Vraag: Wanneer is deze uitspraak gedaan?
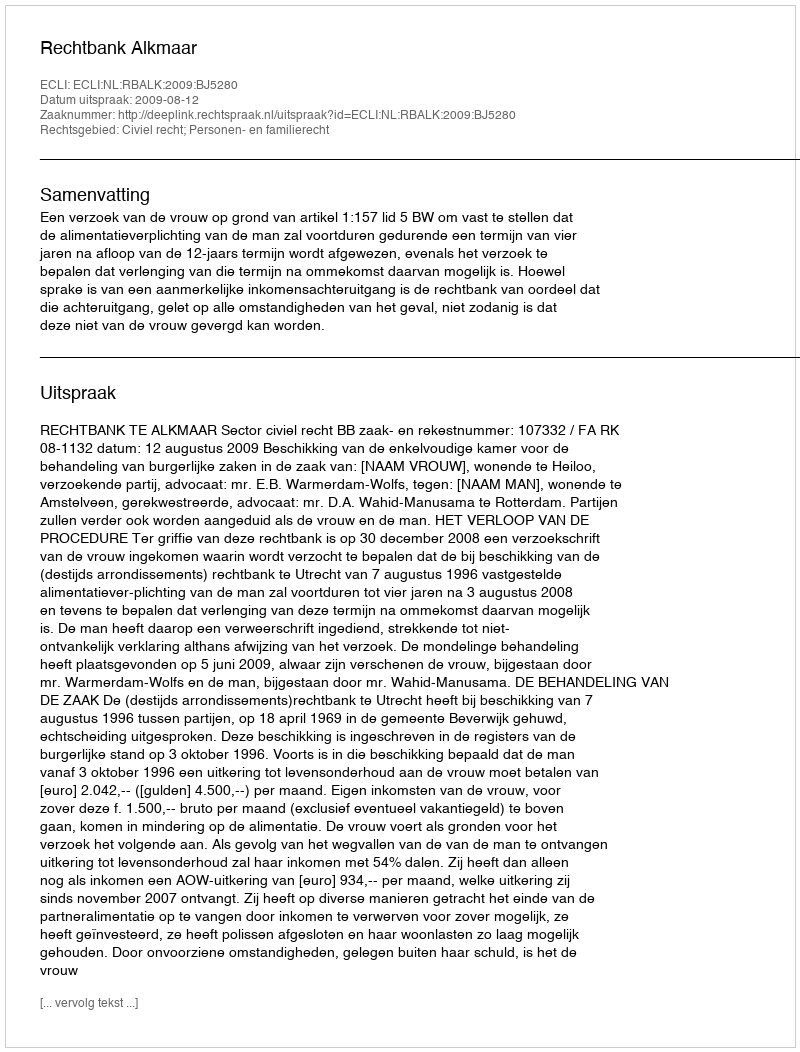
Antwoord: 2009-08-12